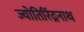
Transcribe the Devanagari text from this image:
ज्योतिरिंद्रनाथ